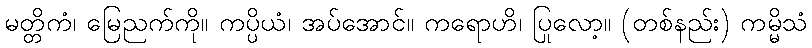
မတ္တိကံ၊ မြေညက်ကို။ ကပ္ပိယံ၊ အပ်အောင်။ ကရောဟိ၊ ပြုလော့။ (တစ်နည်း) ကမ္မိသံ